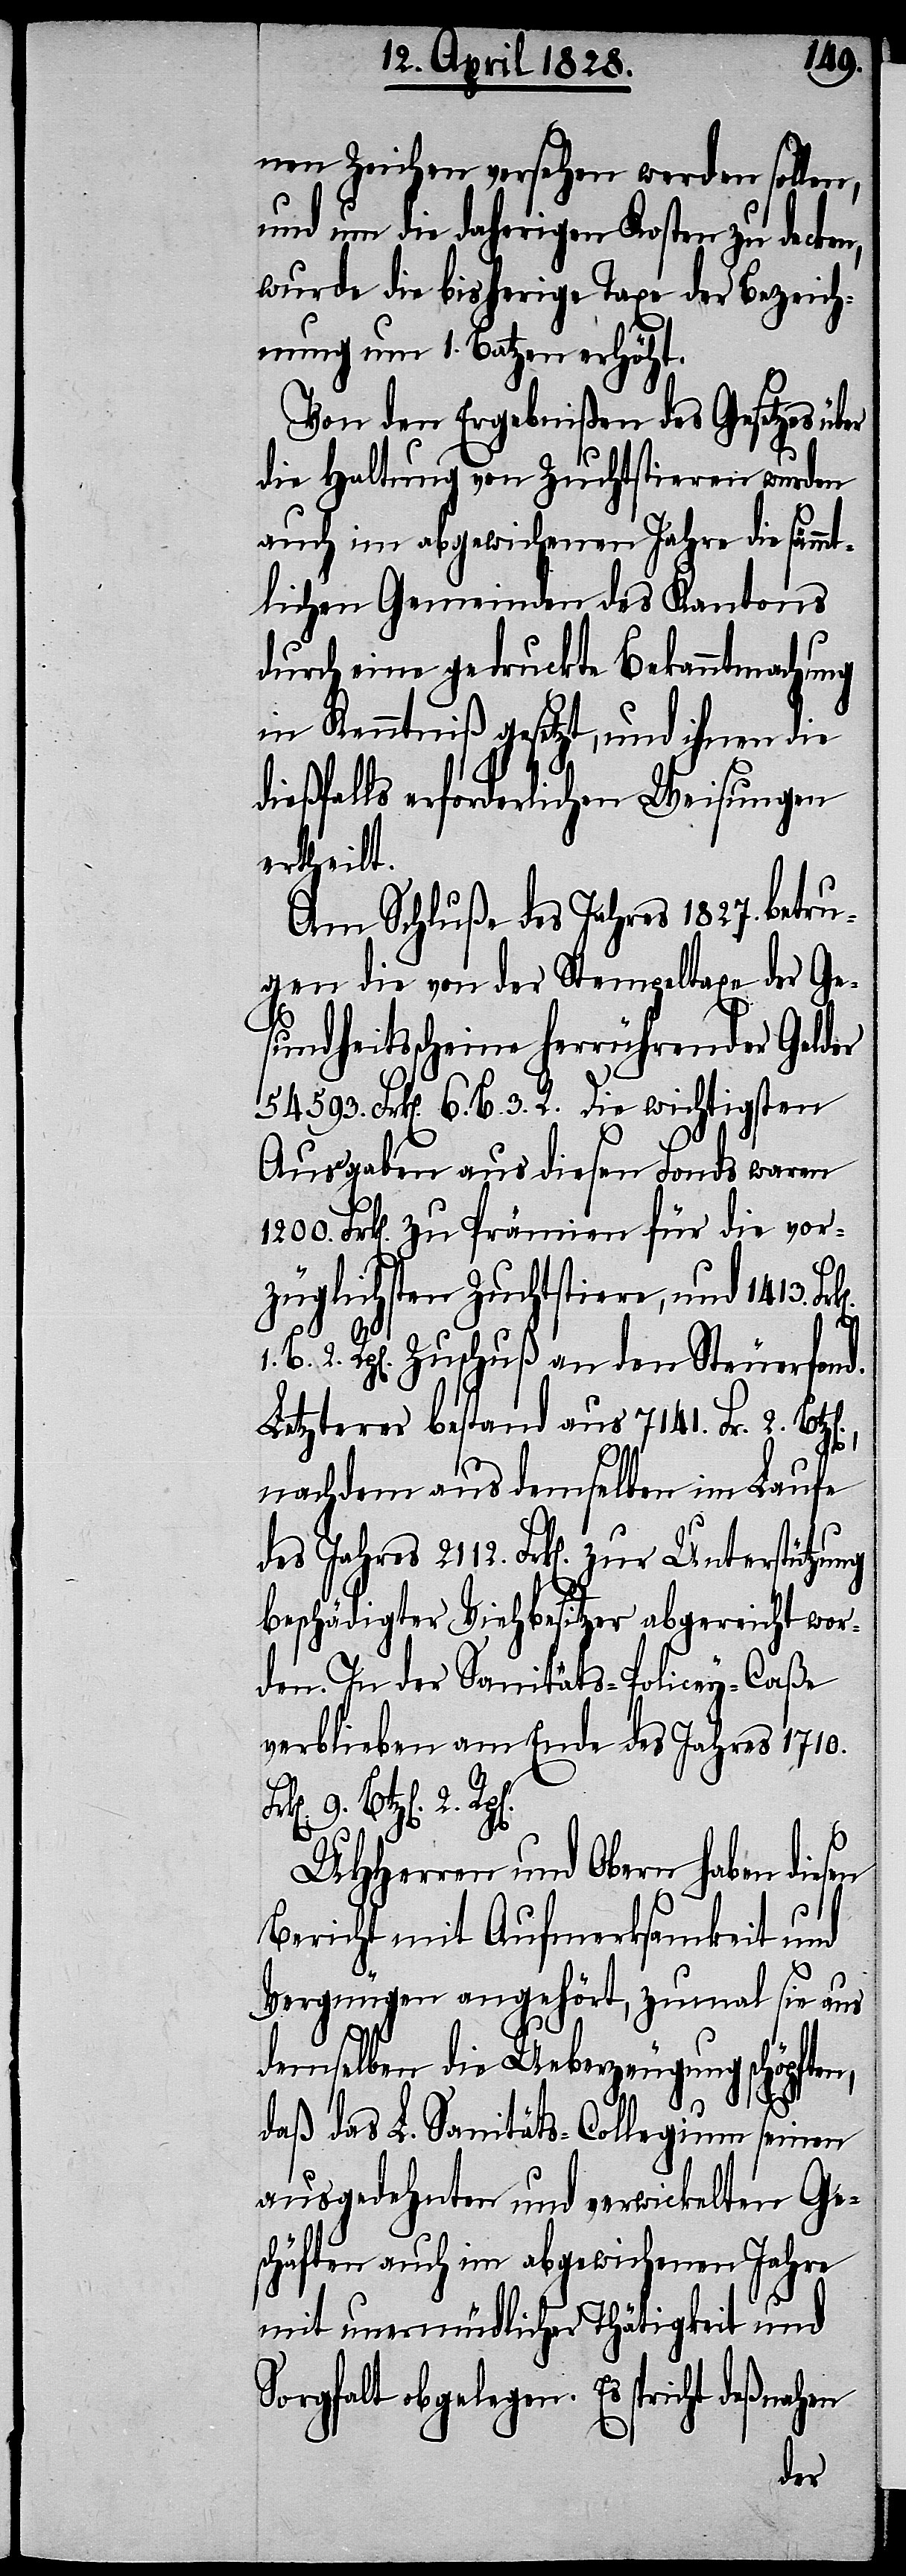
nen Zeichen versehen werden sollen,
und um die daherigen Kosten zu decken,
wurde die bisherige Taxe der Bezeich¬
nung um 1. Batzen erhöht.
Von den Ergebnißen des Gesetzes üb¬
die Haltung von Zuchtstieren wurden
auch im abgewichenen Jahre die sämmt¬
lichen Gemeinden des Kantons
durch eine gedruckte Bekanntmachung
in Kenntniß gesetzt, und ihnen die
dießfalls erforderlichen Weisungen
ertheilt.
Am Schluße des Jahres 1827. betru¬
gen die von der Stempeltaxe der Ge¬
sundheitsscheine herrührender [s¬
593. Frk[en]. 6. B. 3. R. Die wichtigsten
Ausgaben aus diesen Fonds waren
1200. Frk[en]. zu Prämien für die vor¬
züglichen Zuchtstiere, und 1413.
1. B. 2. R. Zuschuß an den Steuerfond.
Letzterer bestand aus 7141. Fr. 2.
nachdem aus demselben im Laufe
des Jahres 2112. Frk[en]. zur Unterstützung
beschädigter Viehbesitzer abgereicht wor¬
den. In der Sanitäts-Policey-Caßa
verblieben am Ende des Jahres 1710.
6. Btz[en]. 2.
UHHerren und Obern haben diesen
Bericht mit Aufmerksamkeit und
Vergnügen angehört, zumal sie aus
demselben die Ueberzeugung schöpften,
daß das L. Sanitäts-Collegium seinen
ausgedehnten und verwickelten Ge¬
schäften auch im abgewichenen Jahre
mit unermüdlicher Thätigkeit und
Sorgfalt obgelegen. Es spricht deßnahen
er